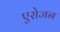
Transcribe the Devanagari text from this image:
एरोजन